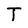
Character: T